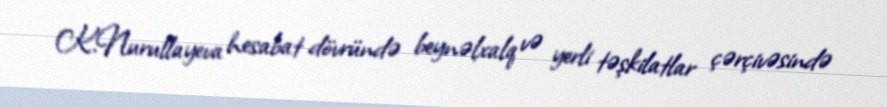
K.Nurullayeva hesabat dövründə beynəlxalq və yerli təşkilatlar çərçivəsində